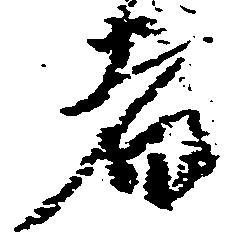
者